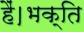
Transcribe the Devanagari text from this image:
हैं।भक्ति